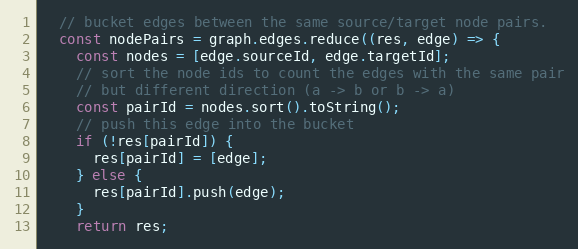
Language: JavaScript
  // bucket edges between the same source/target node pairs.
  const nodePairs = graph.edges.reduce((res, edge) => {
    const nodes = [edge.sourceId, edge.targetId];
    // sort the node ids to count the edges with the same pair
    // but different direction (a -> b or b -> a)
    const pairId = nodes.sort().toString();
    // push this edge into the bucket
    if (!res[pairId]) {
      res[pairId] = [edge];
    } else {
      res[pairId].push(edge);
    }
    return res;